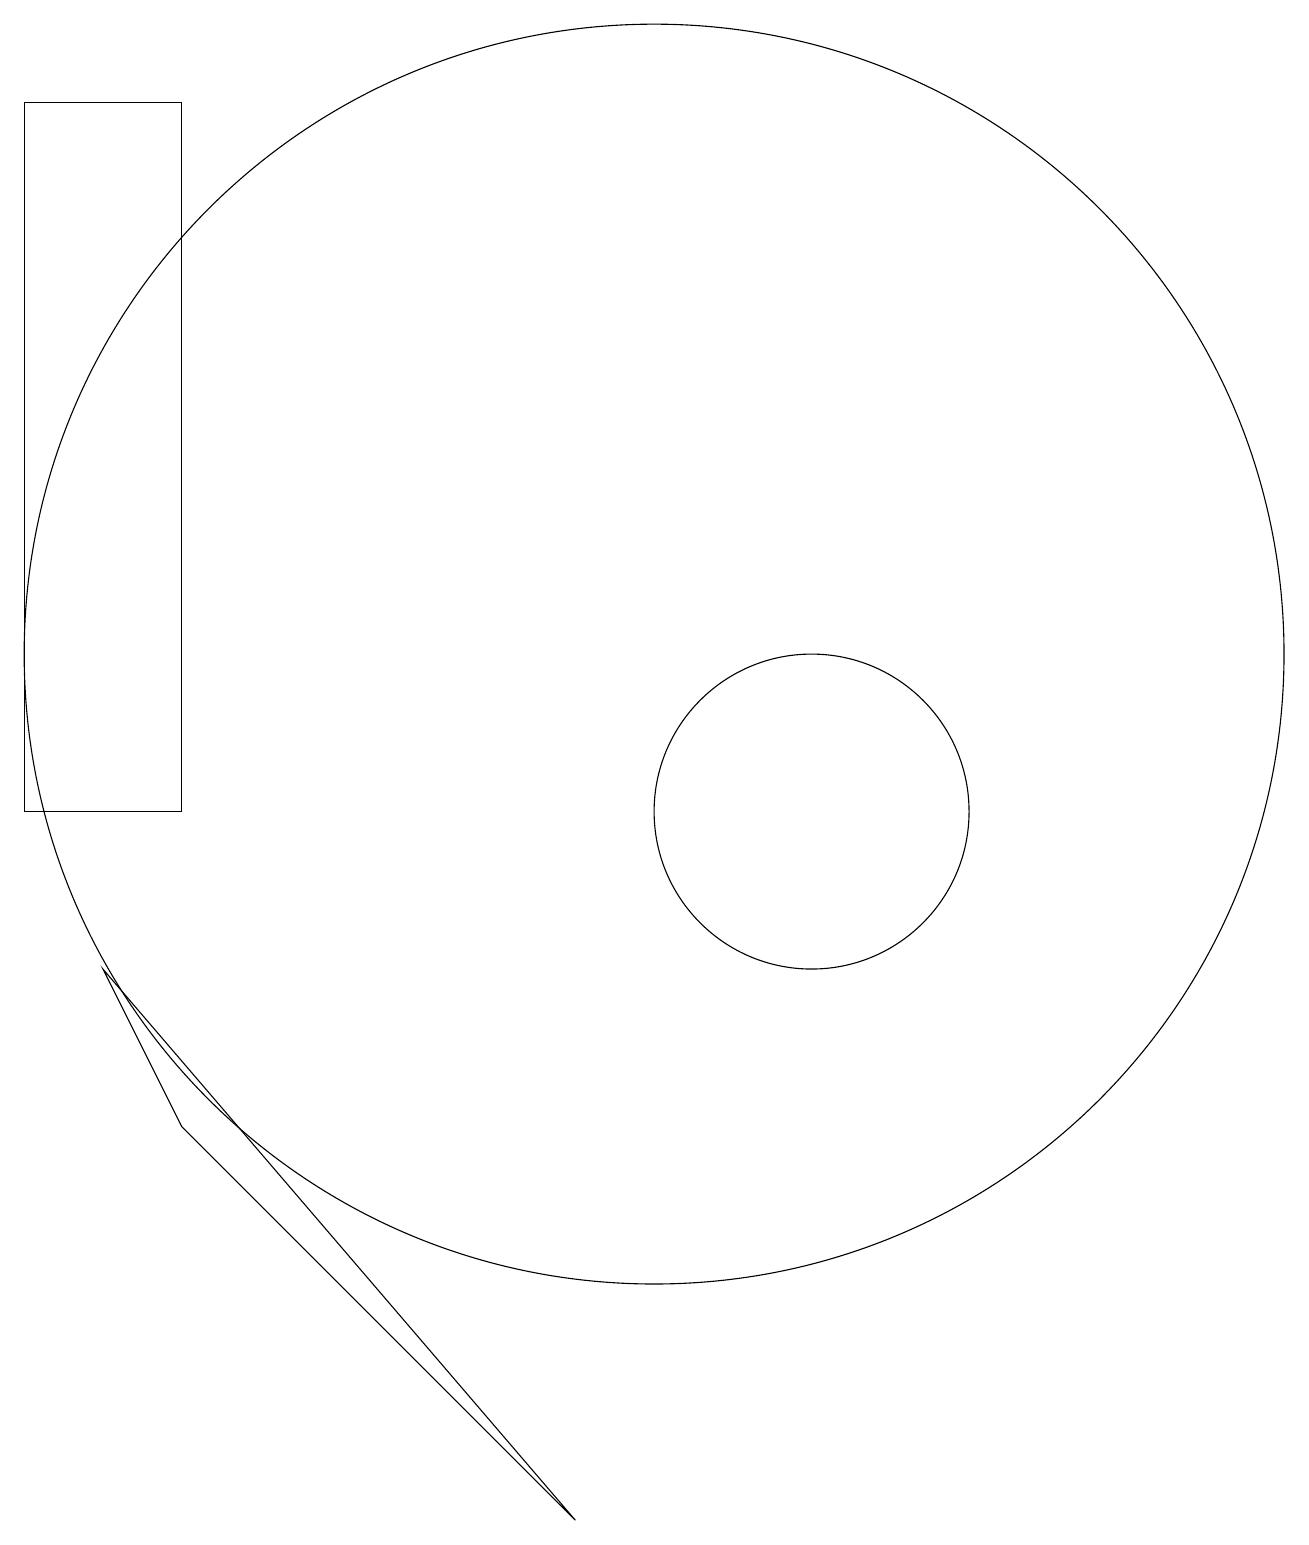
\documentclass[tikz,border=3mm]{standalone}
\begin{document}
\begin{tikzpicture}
\draw (12,10) circle (2);
\draw (10,12) circle (8);
\draw (2,10) rectangle (4,19);
\draw (3,8) -- (9,1) -- (4,6) -- cycle;
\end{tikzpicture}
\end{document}